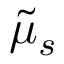
\widetilde { \mu } _ { s }